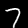
Digit: 7